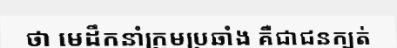
ថា មេដឹកនាំក្រុមប្រឆាំង គឺជាជនក្បត់